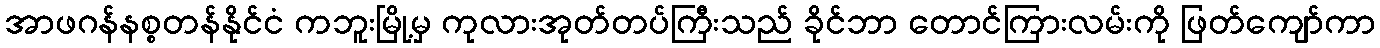
အာဖဂန်နစ္စတန်နိုင်ငံ ကဘူးမြို့မှ ကုလားအုတ်တပ်ကြီးသည် ခိုင်ဘာ တောင်ကြားလမ်းကို ဖြတ်ကျော်ကာ